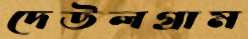
দেউলগ্রাম